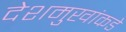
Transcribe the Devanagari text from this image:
देशमुखांकडे